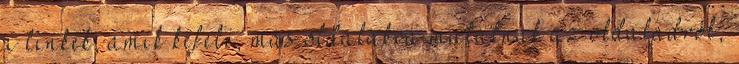
a linkek, amik kifelé, más oldalakra mutatnak az oldaladról,